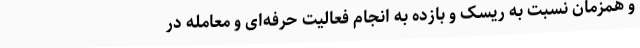
و همزمان نسبت به ریسک و بازده به انجام فعالیت حرفه‌ای و معامله در